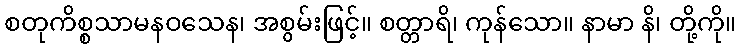
စတုကိစ္စသာမနဝသေန၊ အစွမ်းဖြင့်။ စတ္တာရိ၊ ကုန်သော။ နာမာ နိ၊ တို့ကို။